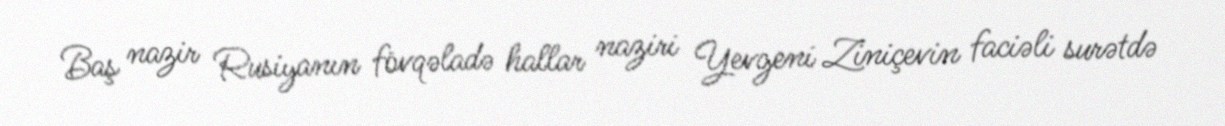
Baş nazir Rusiyanın fövqəladə hallar naziri Yevgeni Ziniçevin faciəli surətdə